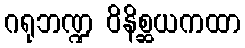
ဂရုဘဏ္ဍ ဝိနိစ္ဆယကထာ